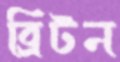
ব্রিটন